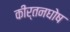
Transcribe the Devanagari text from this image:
कीर्तनघोष